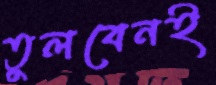
তুলবেনই